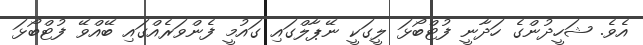
އެވެ. ޝަހީދުންގެ ހަދާނީ ފުޓްބޯޅަ ލީގަކީ ނޭޕާލްގައި ގައުމީ ފެންވަރެއްގައި ބޭއްވޭ ފުޓްބޯޅަ